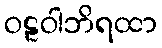
ဝဠဝါဘိရထာ